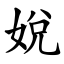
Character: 娧